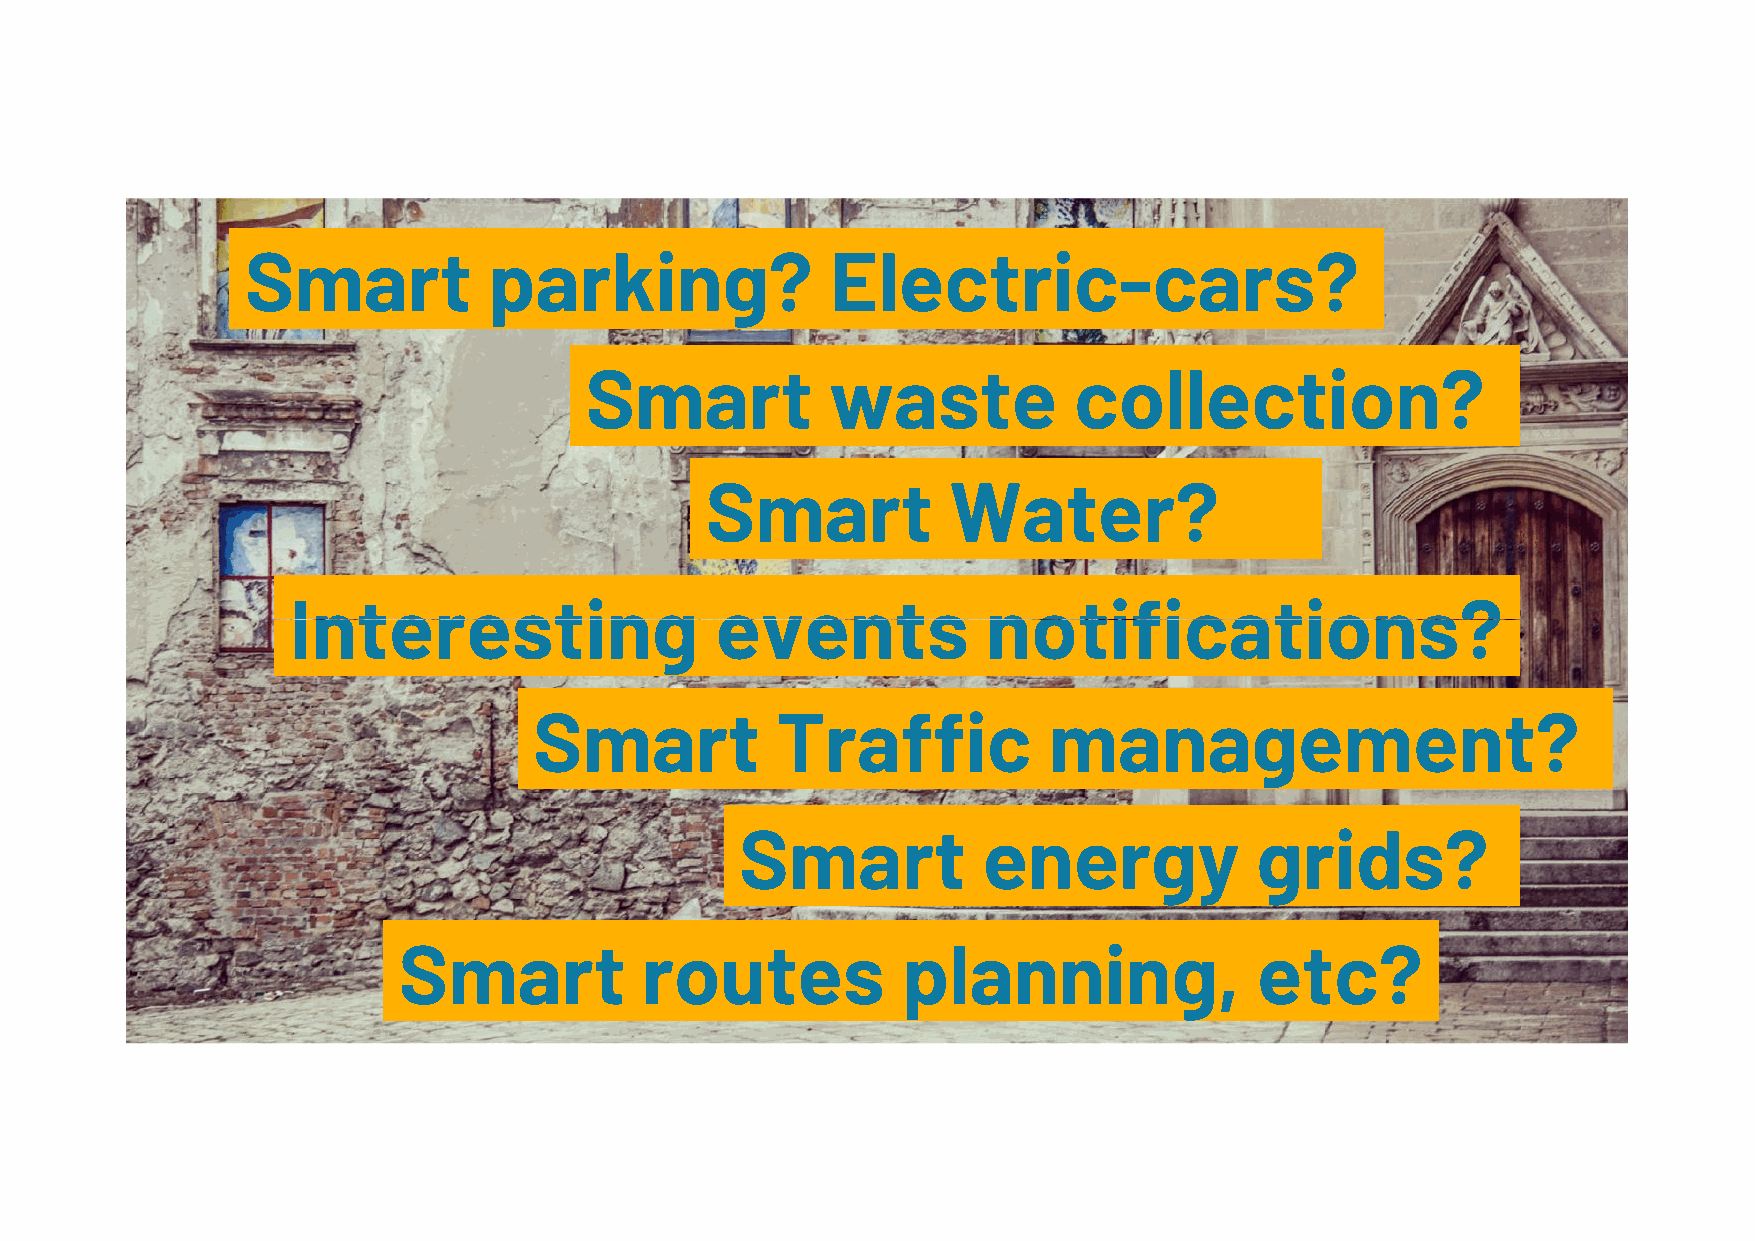
Smart           parking?               Electric-cars?
 Smart           waste           collection?
 Smart           Water?
 IInntteerreessttiinngg      eevveennttss      nnoottiiffiiccaattiioonnss??
 Smart           Traffic           management?
 5
 Smart           energy            grids?
 Smart           routes            planning,              etc?